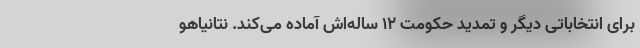
برای انتخاباتی دیگر و تمدید حکومت 12 ساله‌اش آماده می‌کند. نتانیاهو